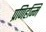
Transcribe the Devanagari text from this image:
प्रणिहन्मि